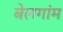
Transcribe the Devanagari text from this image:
बेलगांम